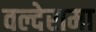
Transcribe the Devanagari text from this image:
वल्देरामा